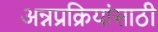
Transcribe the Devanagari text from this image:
अन्नप्रक्रियांसाठी